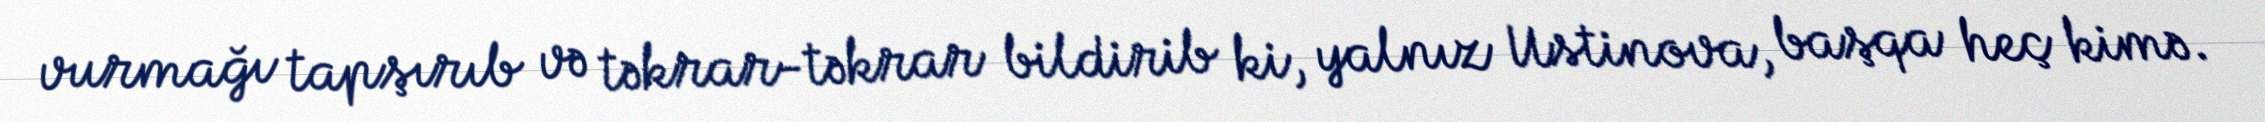
vurmağı tapşırıb və təkrar-təkrar bildirib ki, yalnız Ustinova, başqa heç kimə.